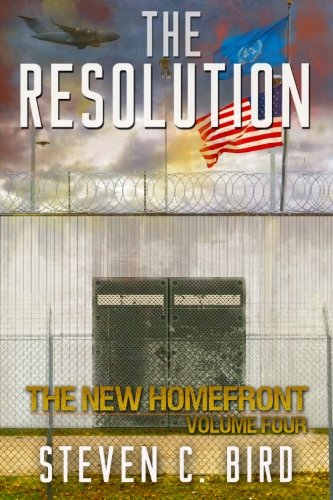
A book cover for The Resolution: The New Homefront, Volume 4; Steven C Bird; Science Fiction & Fantasy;